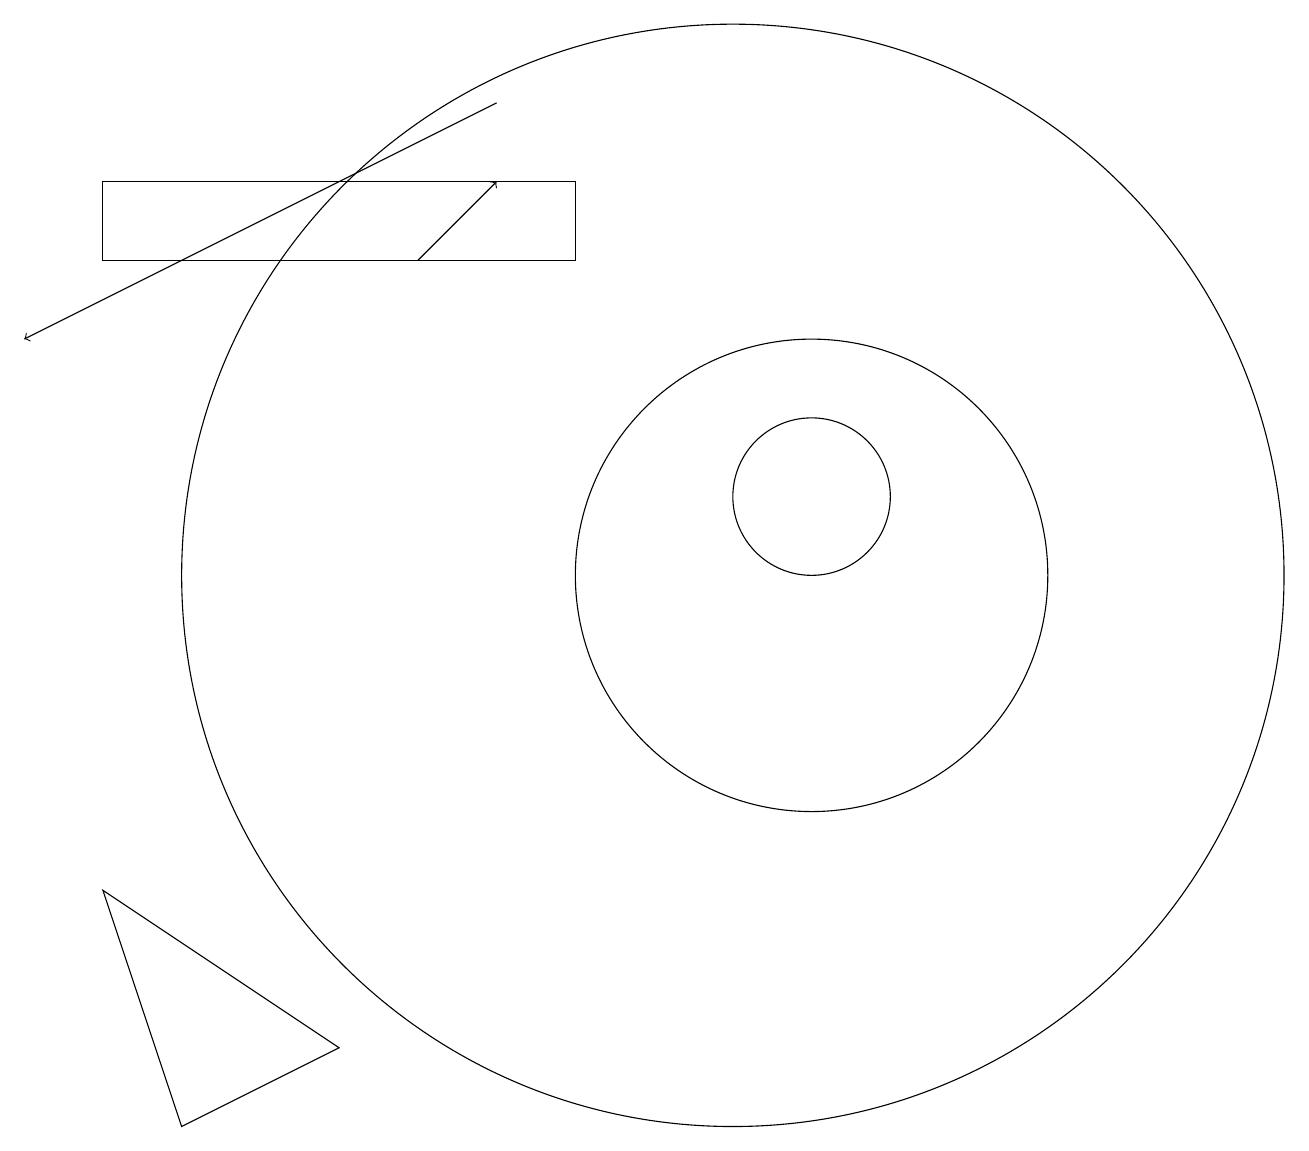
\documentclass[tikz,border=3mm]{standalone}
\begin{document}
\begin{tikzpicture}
\draw (11,11) circle (1);
\draw[->] (6,14) -- (7,15);
\draw (10,10) circle (7);
\draw[->] (7,16) -- (1,13);
\draw (5,4) -- (3,3) -- (2,6) -- cycle;
\draw (11,10) circle (3);
\draw (8,14) rectangle (2,15);
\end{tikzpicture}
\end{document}